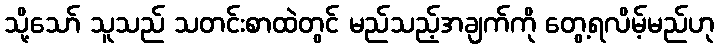
သို့သော် သူသည် သတင်းစာထဲတွင် မည်သည့်အချက်ကို တွေ့ရလိမ့်မည်ဟု